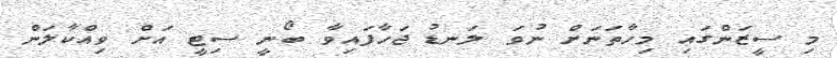
މި ސީޒަންގައި މިހާތަނަށް ނުވަ ލަނޑު ޖަހާފައިވާ ބޯނީ ސިޓީ އަށް ވިއްކާލަން